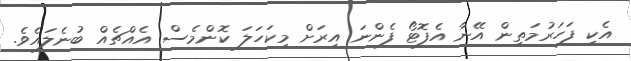
އެކި ފަހަރުމަތިން އޭނާ އެފޮޓޯ ފެންނަ އިރަށް މިކަހަލަ ކޮންމެސް އެއްޗެއް ބުނެލައެވެ.